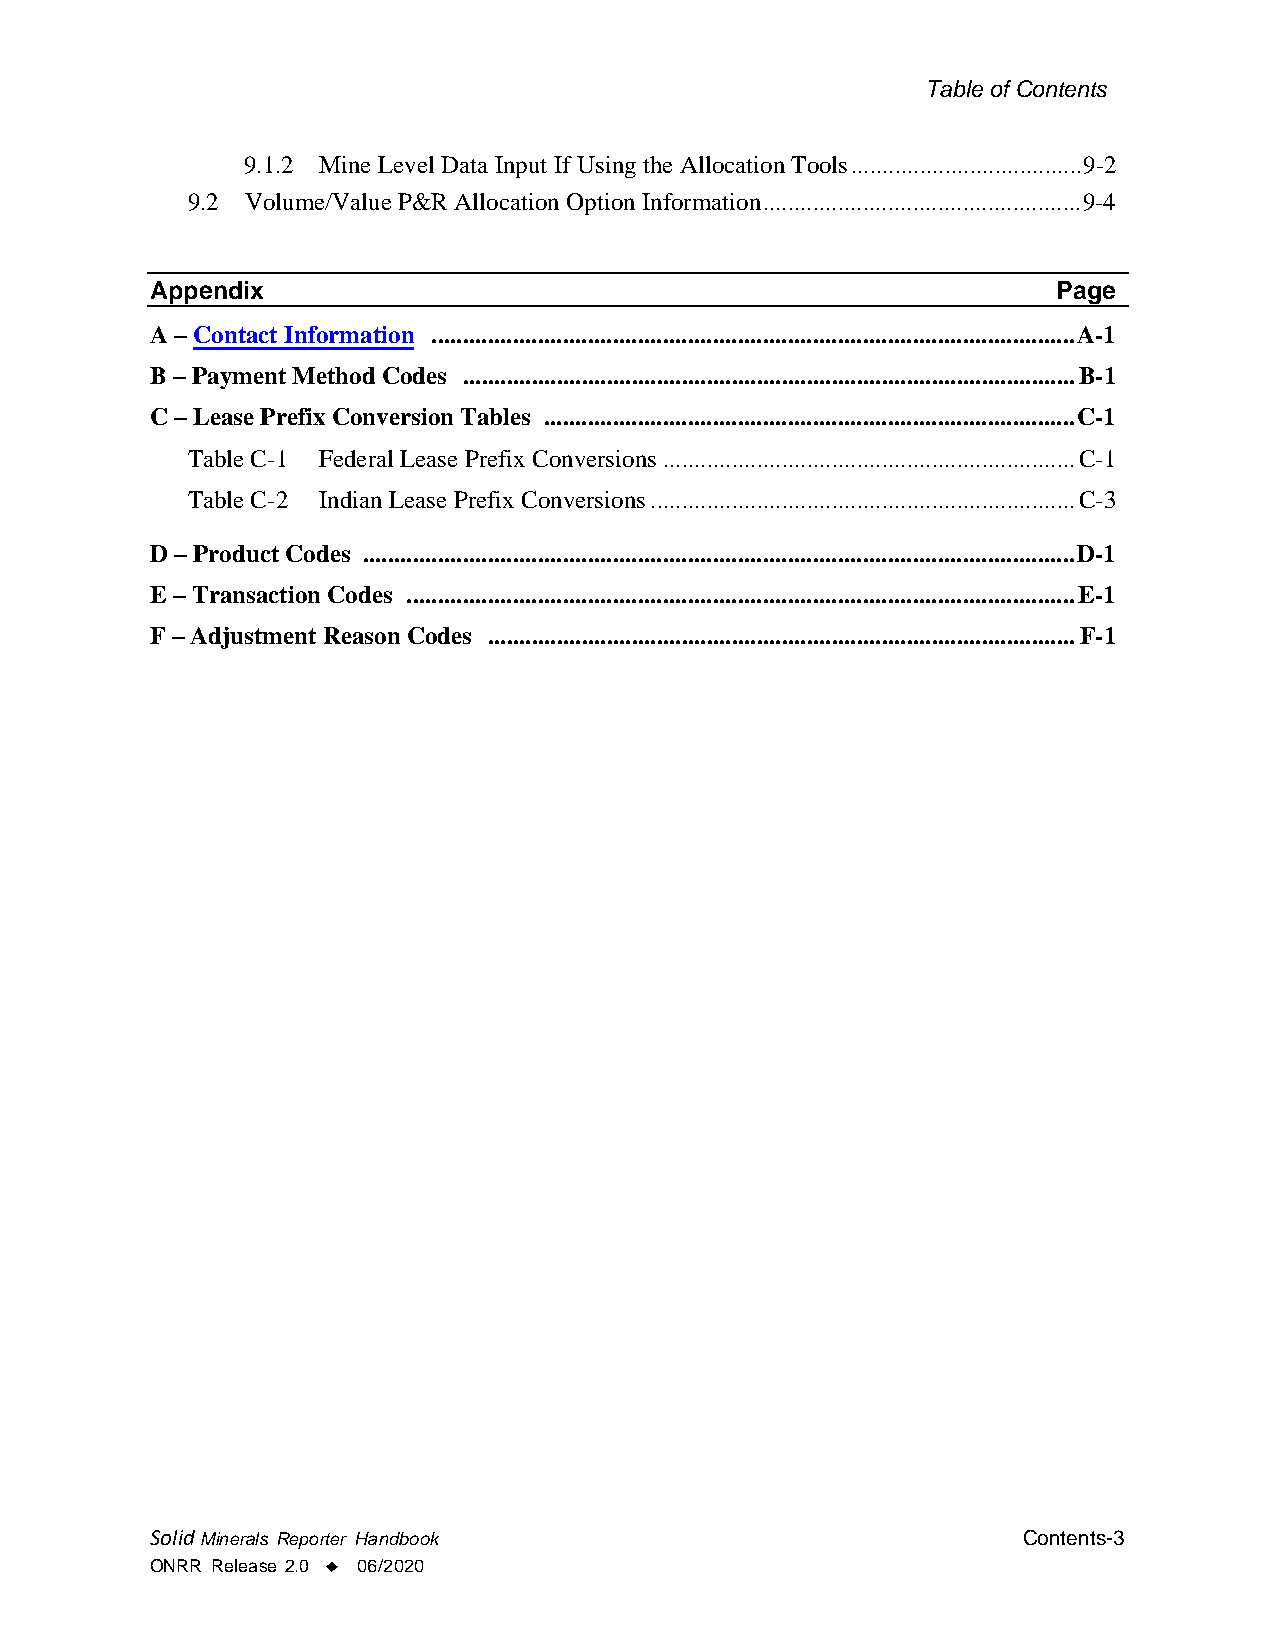
Table of Contents
 9.1.2 Mine Level Data Input If Using the Allocation Tools ..................................... 9-2
 9.2 Volume/Value P&R Allocation Option Information ................................................... 9-4
 Appendix                                                    Page
 A – Contact Information ....................................................................................................... A-1
 B – Payment Method Codes .................................................................................................. B-1
 C – Lease Prefix Conversion Tables ..................................................................................... C-1
 Table C-1 Federal Lease Prefix Conversions .................................................................. C-1
 Table C-2 Indian Lease Prefix Conversions .................................................................... C-3
 D – Product Codes .................................................................................................................. D-1
 E – Transaction Codes ........................................................................................................... E-1
 F – Adjustment Reason Codes .............................................................................................. F-1
 Solid Minerals Reporter Handbook                          Contents-3
 ONRR Release 2.0 ♦ 06/2020